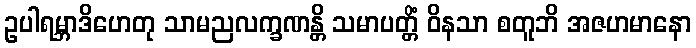
ဥပါရမ္ဘာဒိဟေတု သာမညလက္ခဏန္တိ သမာပတ္တိံ ဝိနသာ စတူဘိ အဇဟမာနော